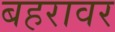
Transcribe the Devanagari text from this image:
बहरावर